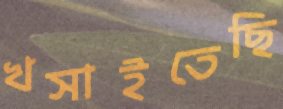
খসাইতেছি